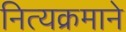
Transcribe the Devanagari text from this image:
नित्यक्रमाने